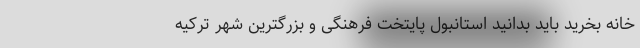
خانه بخرید باید بدانید استانبول پایتخت فرهنگی و بزرگترین شهر ترکیه